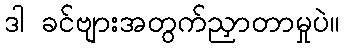
ဒါ ခင်ဗျားအတွက်ညှာတာမှုပဲ။